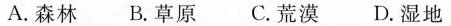
A.森林 B.草原 C.荒漠 D.湿地